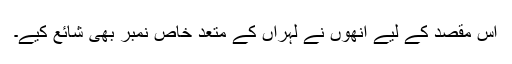
اس مقصد کے لیے انھوں نے لہراں کے متعد خاص نمبر بھی شائع کیے۔